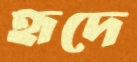
হৃদে